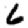
Digit: 6